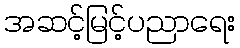
အဆင့်မြင့်ပညာရေး